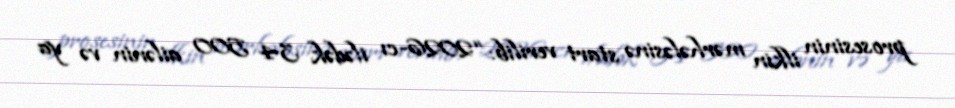
prosesinin ilkin mərhələsinə start verilib: “2026-cı ilədək 34 500 ailənin və ya